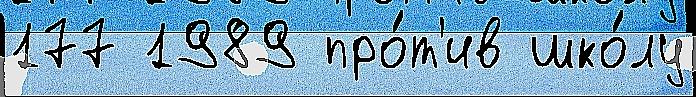
177 1989 про́т'ив шко́лу